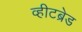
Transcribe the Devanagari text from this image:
व्हीटब्रेड